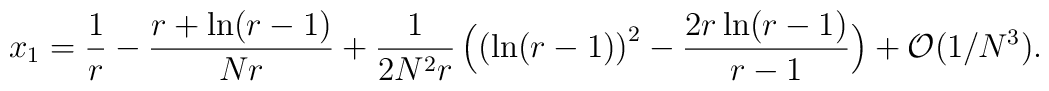
x_1 = {1\over r} - {r + \ln (r-1)\over N r} + {1\over 2N^2 r}\,\Bigl( \left( \ln (r-1) \right) ^2 - {2 r \ln(r-1)\over r-1} \Bigr)+ {\cal O}\bigl(1/N^3 \bigr).